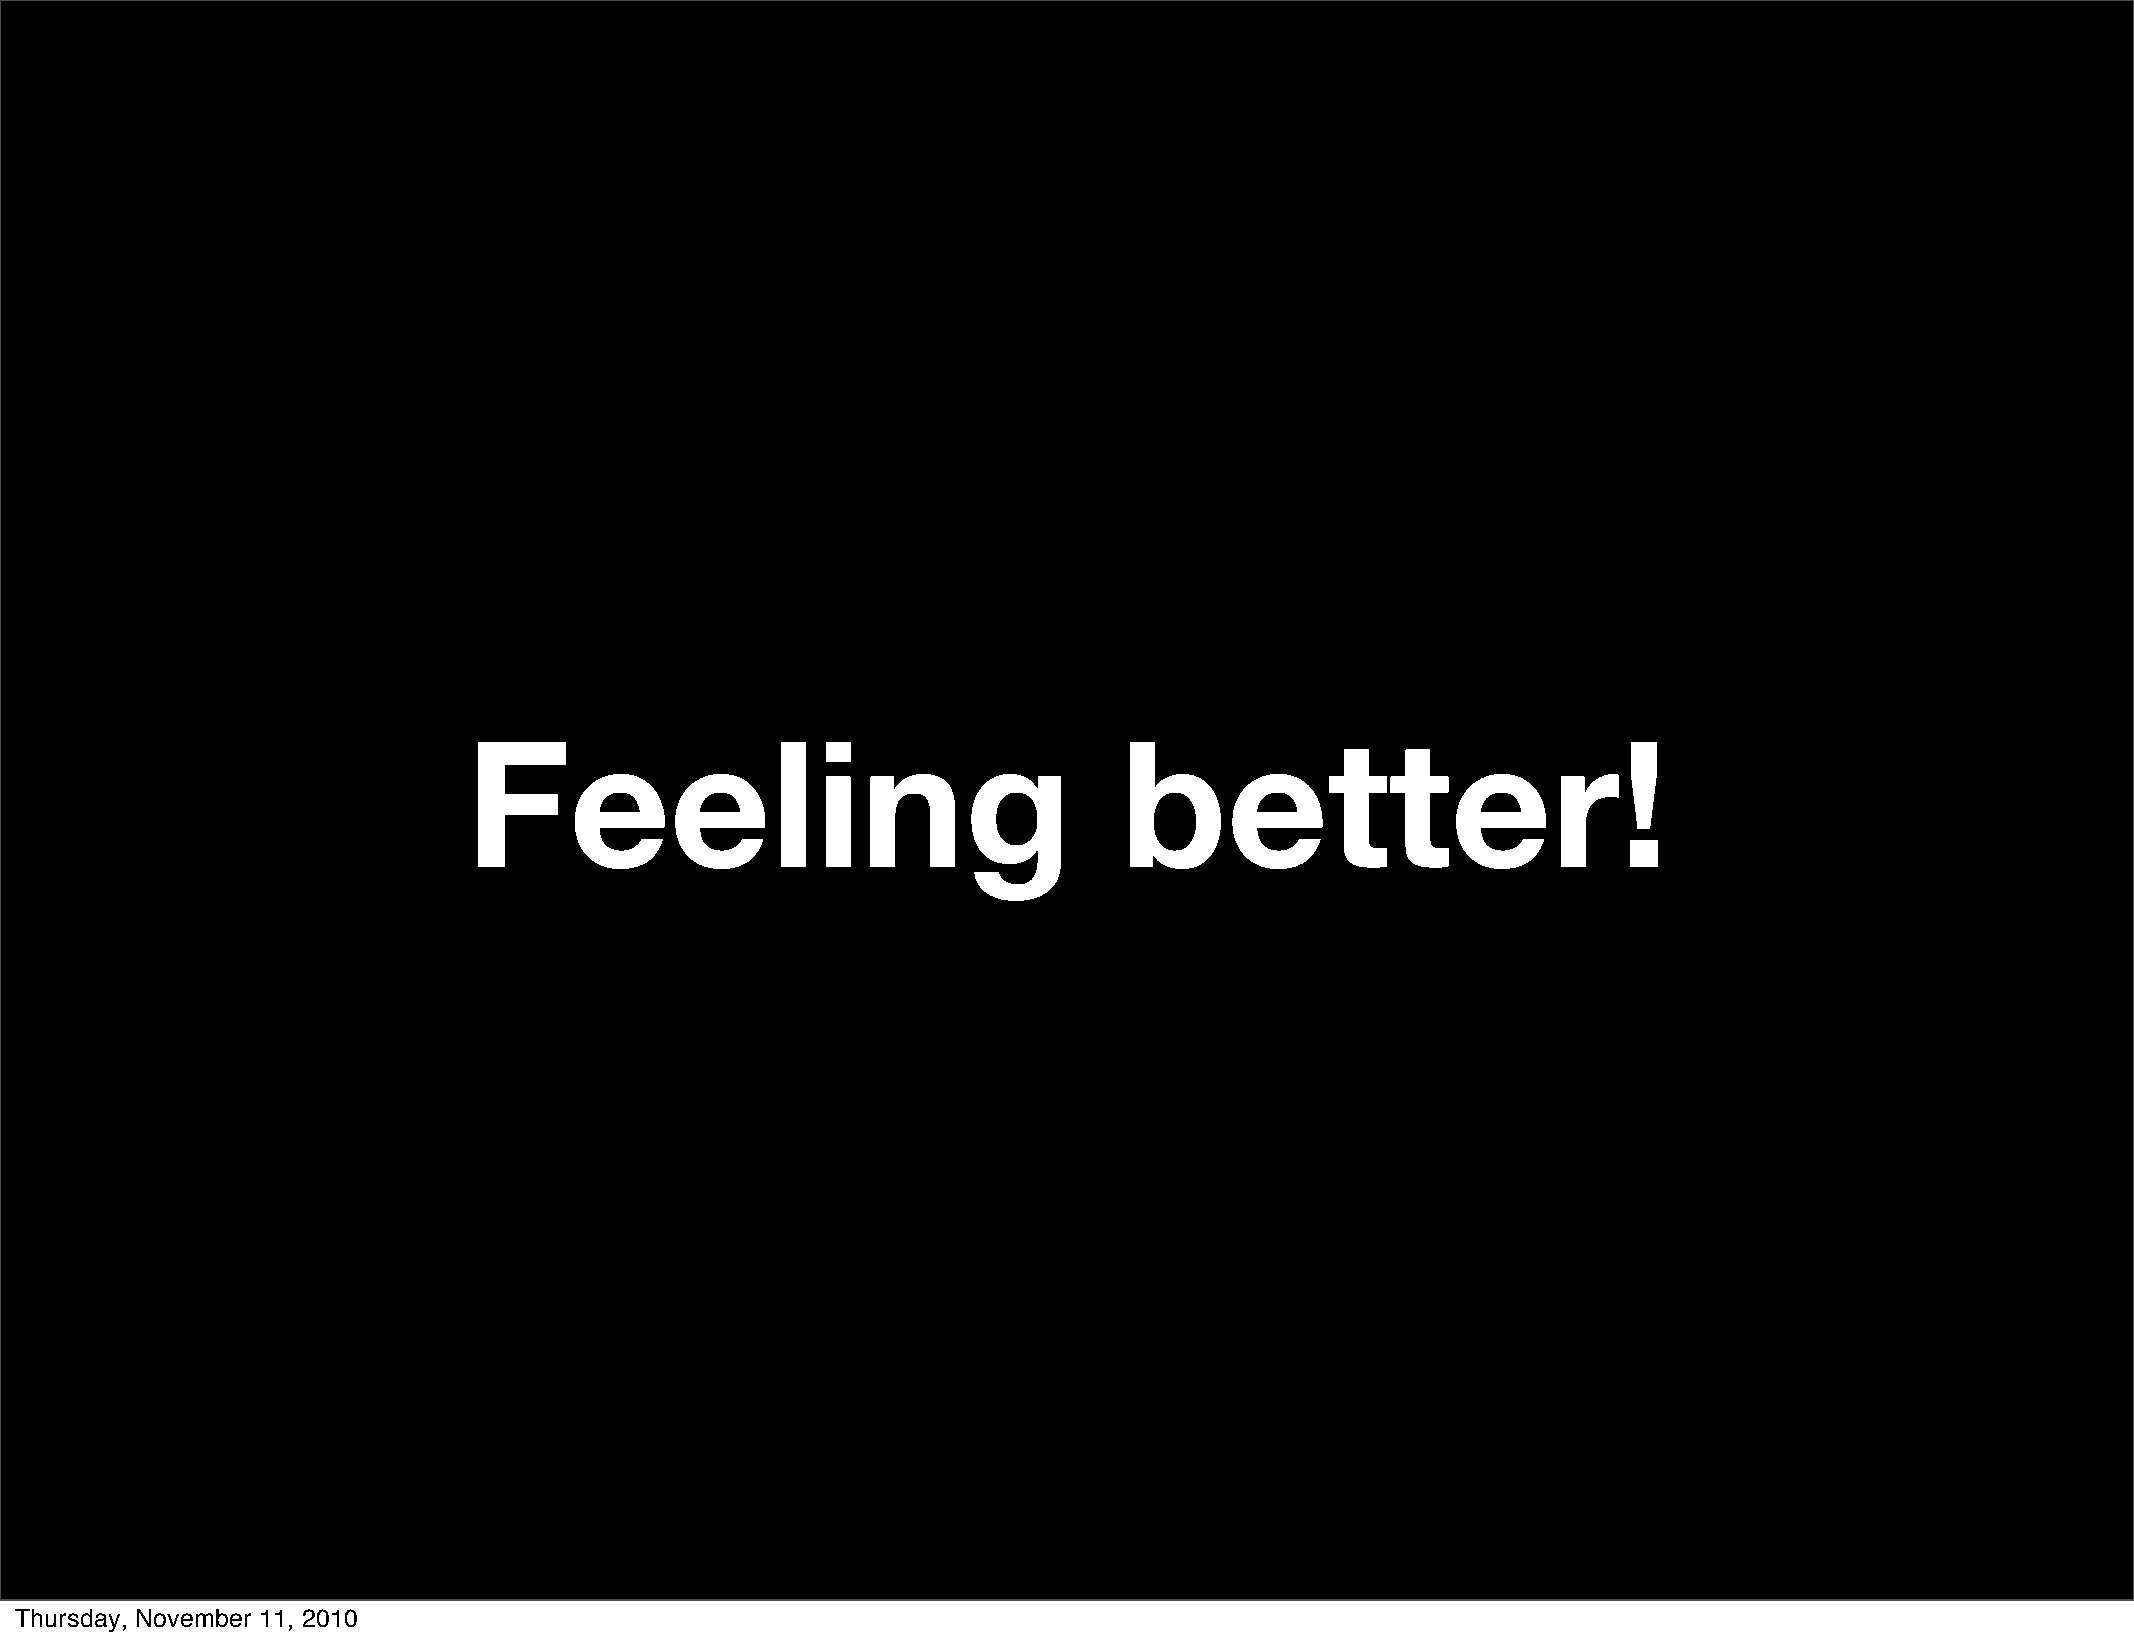
Feeling                                    better!
 Thursday, November 11, 2010